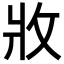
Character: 𭷁